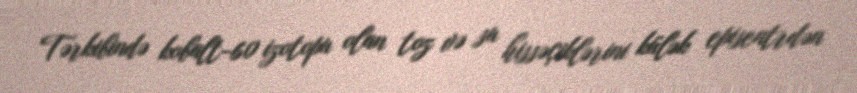
Tərkibində kobalt-60 izotopu olan toz və su hissəçiklərini külək episentrdən